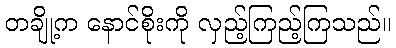
တချို့က နောင်စိုးကို လှည့်ကြည့်ကြသည်။